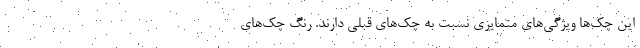
این چک‌ها ویژگی‌های متمایزی نسبت به چک‌های قبلی دارند. رنگ چک‌های